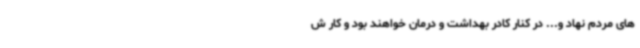
های مردم نهاد و... در کنار کادر بهداشت و درمان خواهند بود و کار ش